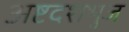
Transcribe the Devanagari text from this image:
अष्टदशभुज